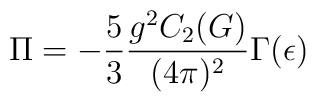
\Pi = -\frac{5}{3} \frac{g^2 C_2(G)}{(4\pi)^2} \Gamma(\epsilon)